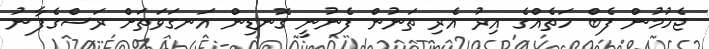
ޖެހުމުން ފެބް ހަތެއްގެ އިރު އެރި ތަނުން ފެނުނީ ގޮނޑިން އަނގަވަތަށް ރަސްގެފާނު